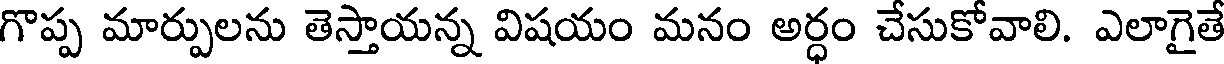
గొప్ప మార్పులను తెస్తాయన్న విషయం మనం అర్ధం చేసుకోవాలి. ఎలాగైతే